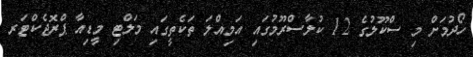
ހޯދުމަށް މި ސްކޫލުގެ 12 ކުލާސްރޫމުގައި އަމިއްލަ ތަކެތީގައި މަލްޓި މީޑިއާ ޕްރޮޖެކްޓަރ